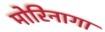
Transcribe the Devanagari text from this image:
मोरिनागा